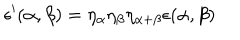
\epsilon ^ { \prime } ( \alpha , \beta ) = \eta _ { \alpha } \eta _ { \beta } \eta _ { \alpha + \beta } \epsilon ( \alpha , \beta )